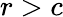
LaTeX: r>c